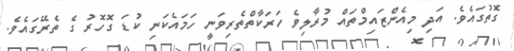
ގޮތުގައެވެ. އަދި މިއެންޒައިމްތައް މުރާލިވެ ހަރަކާތްތެރިވަނީ ހަމައެކަނި ކުޑަ ގޮހޮރު ގެ ތެރޭގައެވެ.